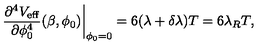
\left. \frac { \partial ^ { 4 } V _ { \mathrm { e f f } } } { \partial \phi _ { 0 } ^ { 4 } } ( \beta , \phi _ { 0 } ) \right| _ { \phi _ { 0 } = 0 } = 6 ( \lambda + \delta \lambda ) T = 6 \lambda _ { R } T ,